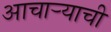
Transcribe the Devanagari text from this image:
आचार्‍याची